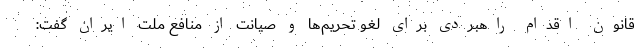
قانون اقدام راهبردی برای لغو تحریم‌ها و صیانت از منافع ملت ایران گفت: